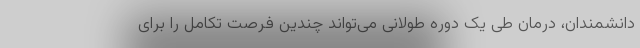
دانشمندان، درمان طی یک دوره طولانی می‌تواند چندین فرصت تکامل را برای